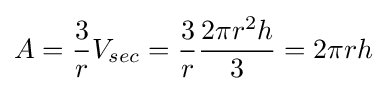
A={\frac {3}{r}}V_{sec}={\frac {3}{r}}{\frac {2\pi r^{2}h}{3}}=2\pi rh